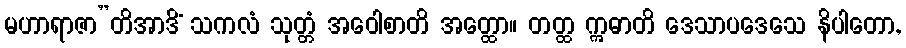
မဟာရာဇာ”တိအာဒိံ သကလံ သုတ္တံ အဝေါစာတိ အတ္ထော။ တတ္ထ ဣဓာတိ ဒေသာပဒေသေ နိပါတော,